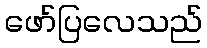
ဖော်ပြလေသည်